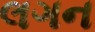
લગન